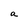
Character: a